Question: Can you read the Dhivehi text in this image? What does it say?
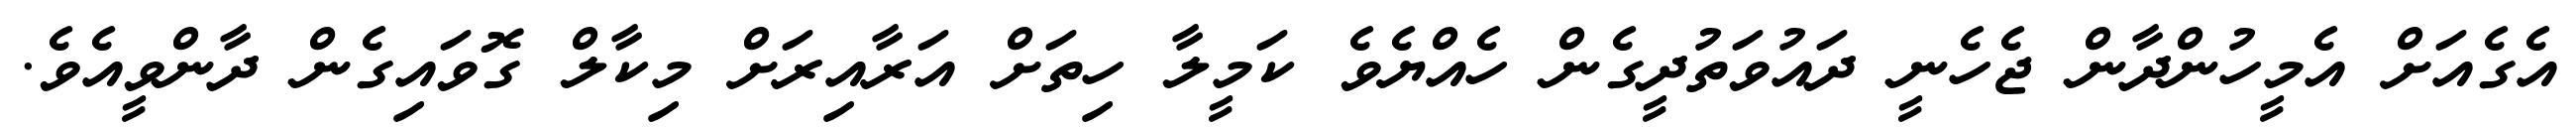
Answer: އެގެއަށް އެމީހުންދާން ޖެހެނީ ދައުވަތުދީގެން ހެއްޔެވެ ކަމީލާ ހިތަށް އަރާއިރަށް މިކާލް ގޮވައިގެން ދާންވީއެވެ.